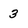
Character: 3